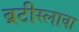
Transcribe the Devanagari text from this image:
ब्रटीस्लावा